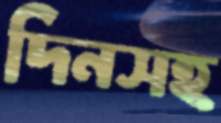
দিনসহ